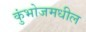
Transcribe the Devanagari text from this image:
कुंभोजमधील